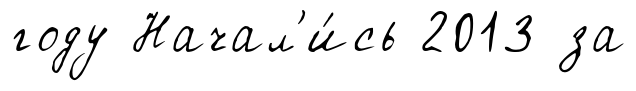
году Начал'и́сь 2013 за